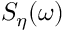
S _ { \eta } ( \omega )